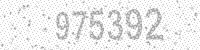
Solution: 975392